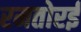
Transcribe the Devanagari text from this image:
रमतोरई